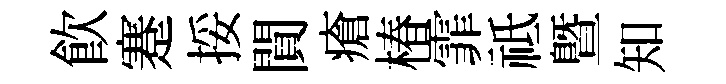
飲蹇挼閴瘡椿霏祗暨知